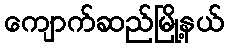
ကျောက်ဆည်မြို့နယ်